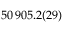
5 0 \, 9 0 5 . 2 ( 2 9 )